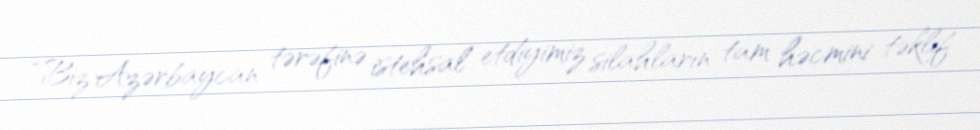
“Biz Azərbaycan tərəfinə istehsal etdiyimiz silahların tam həcmini təklif